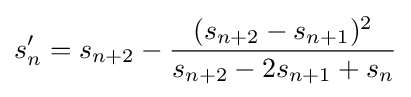
s'_{n}=s_{n+2}-{\frac {(s_{n+2}-s_{n+1})^{2}}{s_{n+2}-2s_{n+1}+s_{n}}}